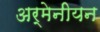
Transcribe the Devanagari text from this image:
अर्मेनीयन